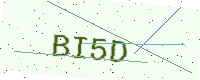
Text: BI5D